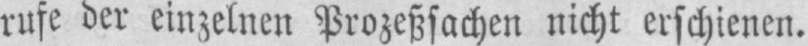
rufe der einzelnen Prozeßsachen nicht erschienen.